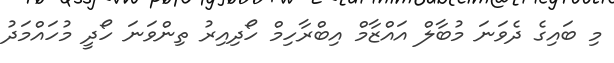
މި ބައިގެ ދެވަނަ މުބާލް އައްޒާމް އިބްރާހިމް ހޯދިއިރު ތިންވަނަ ހޯދީ މުހައްމަދު